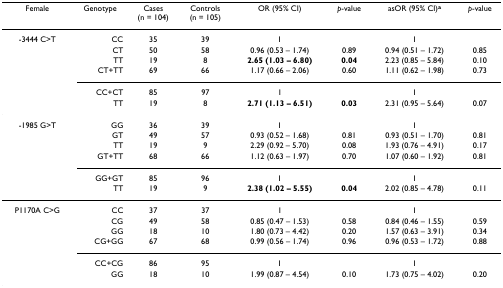
<table><thead><tr><td><b>Female</b></td><td><b>Genotype</b></td><td><b>Cases(n = 104)</b></td><td><b>Controls(n = 105)</b></td><td><b>OR (95% CI)</b></td><td><b><i>p</i>-value</b></td><td><b>asOR (95% CI)<sup>a</sup></b></td><td><b><i>p</i>-value</b></td></tr></thead><tbody><tr><td>-3444 C&gt;T</td><td>CC</td><td>35</td><td>39</td><td>1</td><td></td><td>1</td><td></td></tr><tr><td></td><td>CT</td><td>50</td><td>58</td><td>0.96 (0.53 – 1.74)</td><td>0.89</td><td>0.94 (0.51 – 1.72)</td><td>0.85</td></tr><tr><td></td><td>TT</td><td>19</td><td>8</td><td><b>2.65 (1.03 – 6.80)</b></td><td><b>0.04</b></td><td>2.23 (0.85 – 5.84)</td><td>0.10</td></tr><tr><td></td><td>CT+TT</td><td>69</td><td>66</td><td>1.17 (0.66 – 2.06)</td><td>0.60</td><td>1.11 (0.62 – 1.98)</td><td>0.73</td></tr><tr><td></td><td>CC+CT</td><td>85</td><td>97</td><td>1</td><td></td><td>1</td><td></td></tr><tr><td></td><td>TT</td><td>19</td><td>8</td><td><b>2.71 (1.13 – 6.51)</b></td><td><b>0.03</b></td><td>2.31 (0.95 – 5.64)</td><td>0.07</td></tr><tr><td>-1985 G&gt;T</td><td>GG</td><td>36</td><td>39</td><td>1</td><td></td><td>1</td><td></td></tr><tr><td></td><td>GT</td><td>49</td><td>57</td><td>0.93 (0.52 – 1.68)</td><td>0.81</td><td>0.93 (0.51 – 1.70)</td><td>0.81</td></tr><tr><td></td><td>TT</td><td>19</td><td>9</td><td>2.29 (0.92 – 5.70)</td><td>0.08</td><td>1.93 (0.76 – 4.91)</td><td>0.17</td></tr><tr><td></td><td>GT+TT</td><td>68</td><td>66</td><td>1.12 (0.63 – 1.97)</td><td>0.70</td><td>1.07 (0.60 – 1.92)</td><td>0.81</td></tr><tr><td></td><td>GG+GT</td><td>85</td><td>96</td><td>1</td><td></td><td>1</td><td></td></tr><tr><td></td><td>TT</td><td>19</td><td>9</td><td><b>2.38 (1.02 – 5.55)</b></td><td><b>0.04</b></td><td>2.02 (0.85 – 4.78)</td><td>0.11</td></tr><tr><td>P1170A C&gt;G</td><td>CC</td><td>37</td><td>37</td><td>1</td><td></td><td>1</td><td></td></tr><tr><td></td><td>CG</td><td>49</td><td>58</td><td>0.85 (0.47 – 1.53)</td><td>0.58</td><td>0.84 (0.46 – 1.55)</td><td>0.59</td></tr><tr><td></td><td>GG</td><td>18</td><td>10</td><td>1.80 (0.73 – 4.42)</td><td>0.20</td><td>1.57 (0.63 – 3.91)</td><td>0.34</td></tr><tr><td></td><td>CG+GG</td><td>67</td><td>68</td><td>0.99 (0.56 – 1.74)</td><td>0.96</td><td>0.96 (0.53 – 1.72)</td><td>0.88</td></tr><tr><td></td><td>CC+CG</td><td>86</td><td>95</td><td>1</td><td></td><td>1</td><td></td></tr><tr><td></td><td>GG</td><td>18</td><td>10</td><td>1.99 (0.87 – 4.54)</td><td>0.10</td><td>1.73 (0.75 – 4.02)</td><td>0.20</td></tr></tbody></table>